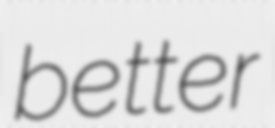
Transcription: better